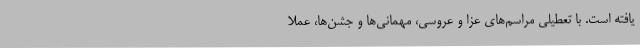
یافته است. با تعطیلی مراسم‌های عزا و عروسی، مهمانی‌ها و جشن‌ها، عملا